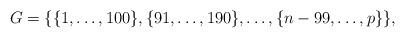
LaTeX: \begin{align*}G = \{\{1,\ldots,100\},\{91,\ldots,190\},\ldots,\{n-99,\ldots,p\}\},\end{align*}